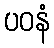
ပဝနံ